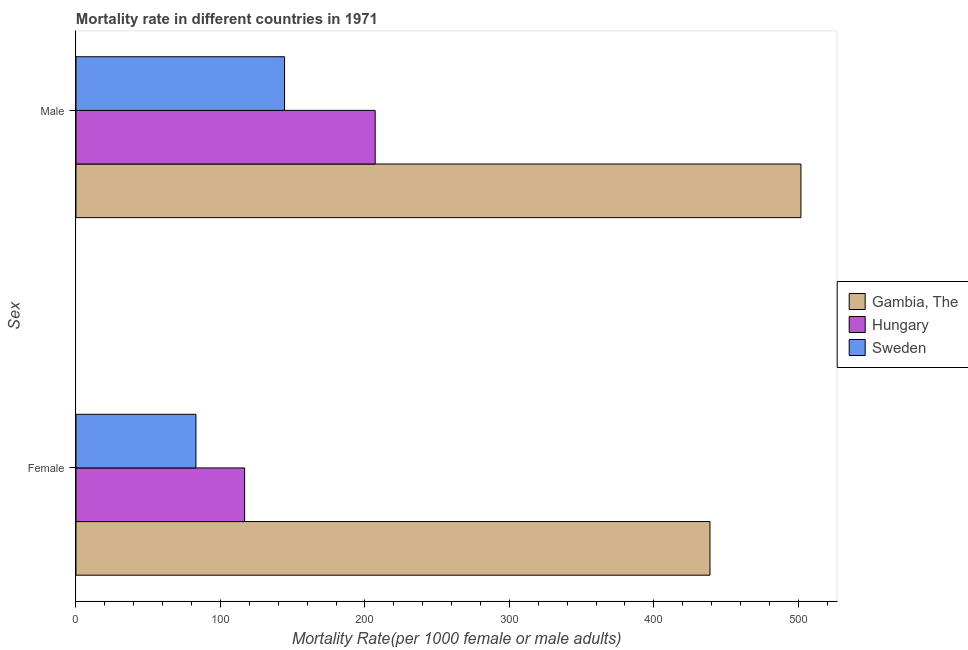
| Sex | Gambia, The | Hungary | Sweden |
 | --- | --- | --- | --- |
 | Female | 439 | 117 | 83 |
 | Male | 502 | 207 | 144 |